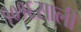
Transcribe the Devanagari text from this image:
१०१६साली